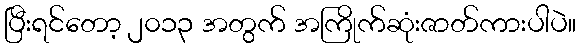
ပြီးရင်တော့ ၂၀၁၃ အတွက် အကြိုက်ဆုံးဇာတ်ကားပါပဲ။